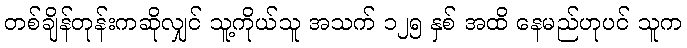
တစ်ချိန်တုန်းကဆိုလျှင် သူ့ကိုယ်သူ အသက် ၁၂၅ နှစ် အထိ နေမည်ဟုပင် သူက